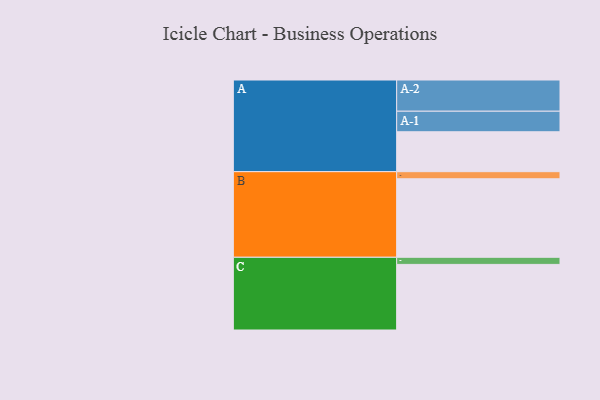
{"axis": {"x": "Segment", "y": "Value"}, "legend": ["", "A", "B", "C"], "data": [{"x": "A", "y": 303, "type": ""}, {"x": "B", "y": 596, "type": ""}, {"x": "C", "y": 498, "type": ""}, {"x": "A-1", "y": 156, "type": "A"}, {"x": "A-2", "y": 237, "type": "A"}, {"x": "B-1", "y": 54, "type": "B"}, {"x": "C-1", "y": 54, "type": "C"}]}